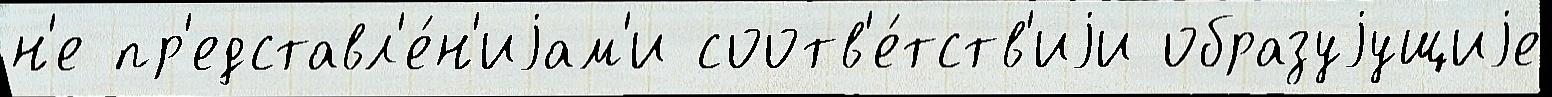
н'е пр'едставл'е́н'иjам'и соотв'е́тств'иjи образуjущиjе